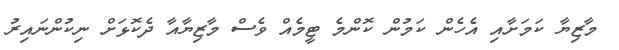
މާޒިޔާ ކަމަށާއި އެހެން ކަމުން ކޮންމެ ޓީމެއް ވެސް މާޒިޔާއާ ދެކޮޅަށް ނިކުންނައިރު